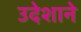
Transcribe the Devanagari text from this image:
उदेशाने